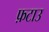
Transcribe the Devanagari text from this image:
फ़टाउ